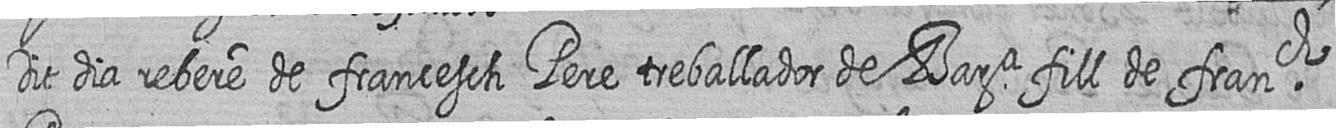
Dit dia rebere de francesch Pere treballador de Bara fill de franch